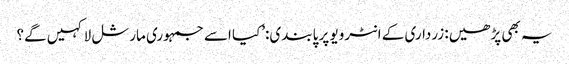
یہ بھی پڑھیں: زرداری کے انٹرویو پر پابندی:’کیا اسے جمہوری مارشل لا کہیں گے؟